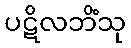
ပဋိလဘိံသု